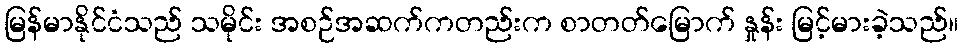
မြန်မာနိုင်ငံသည် သမိုင်း အစဉ်အဆက်ကတည်းက စာတတ်မြောက် နှုန်း မြင့်မားခဲ့သည်။